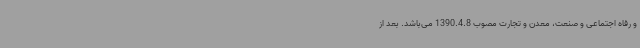
و رفاه اجتماعی و صنعت، معدن و تجارت مصوب 1390.4.8 می‌باشد. بعد از